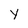
Character: y